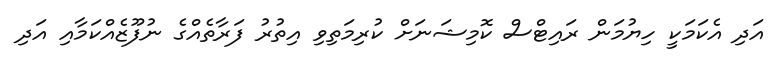
އަދި އެކަމަކީ ހިޔުމަން ރައިޓްސް ކޮމިޝަނަށް ކުރިމަތިވި އިތުރު ފަރާތެއްގެ ނުފޫޒެއްކަމާއި އަދި